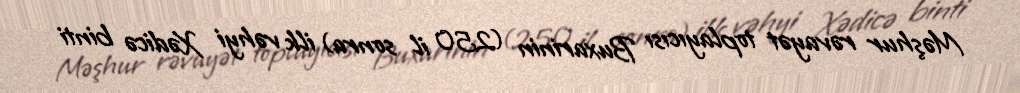
Məşhur rəvayət toplayıcısı Buxarinin (250 il sonra) ilk vəhyi Xədicə binti